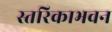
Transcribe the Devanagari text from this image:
स्तरिकाभवन